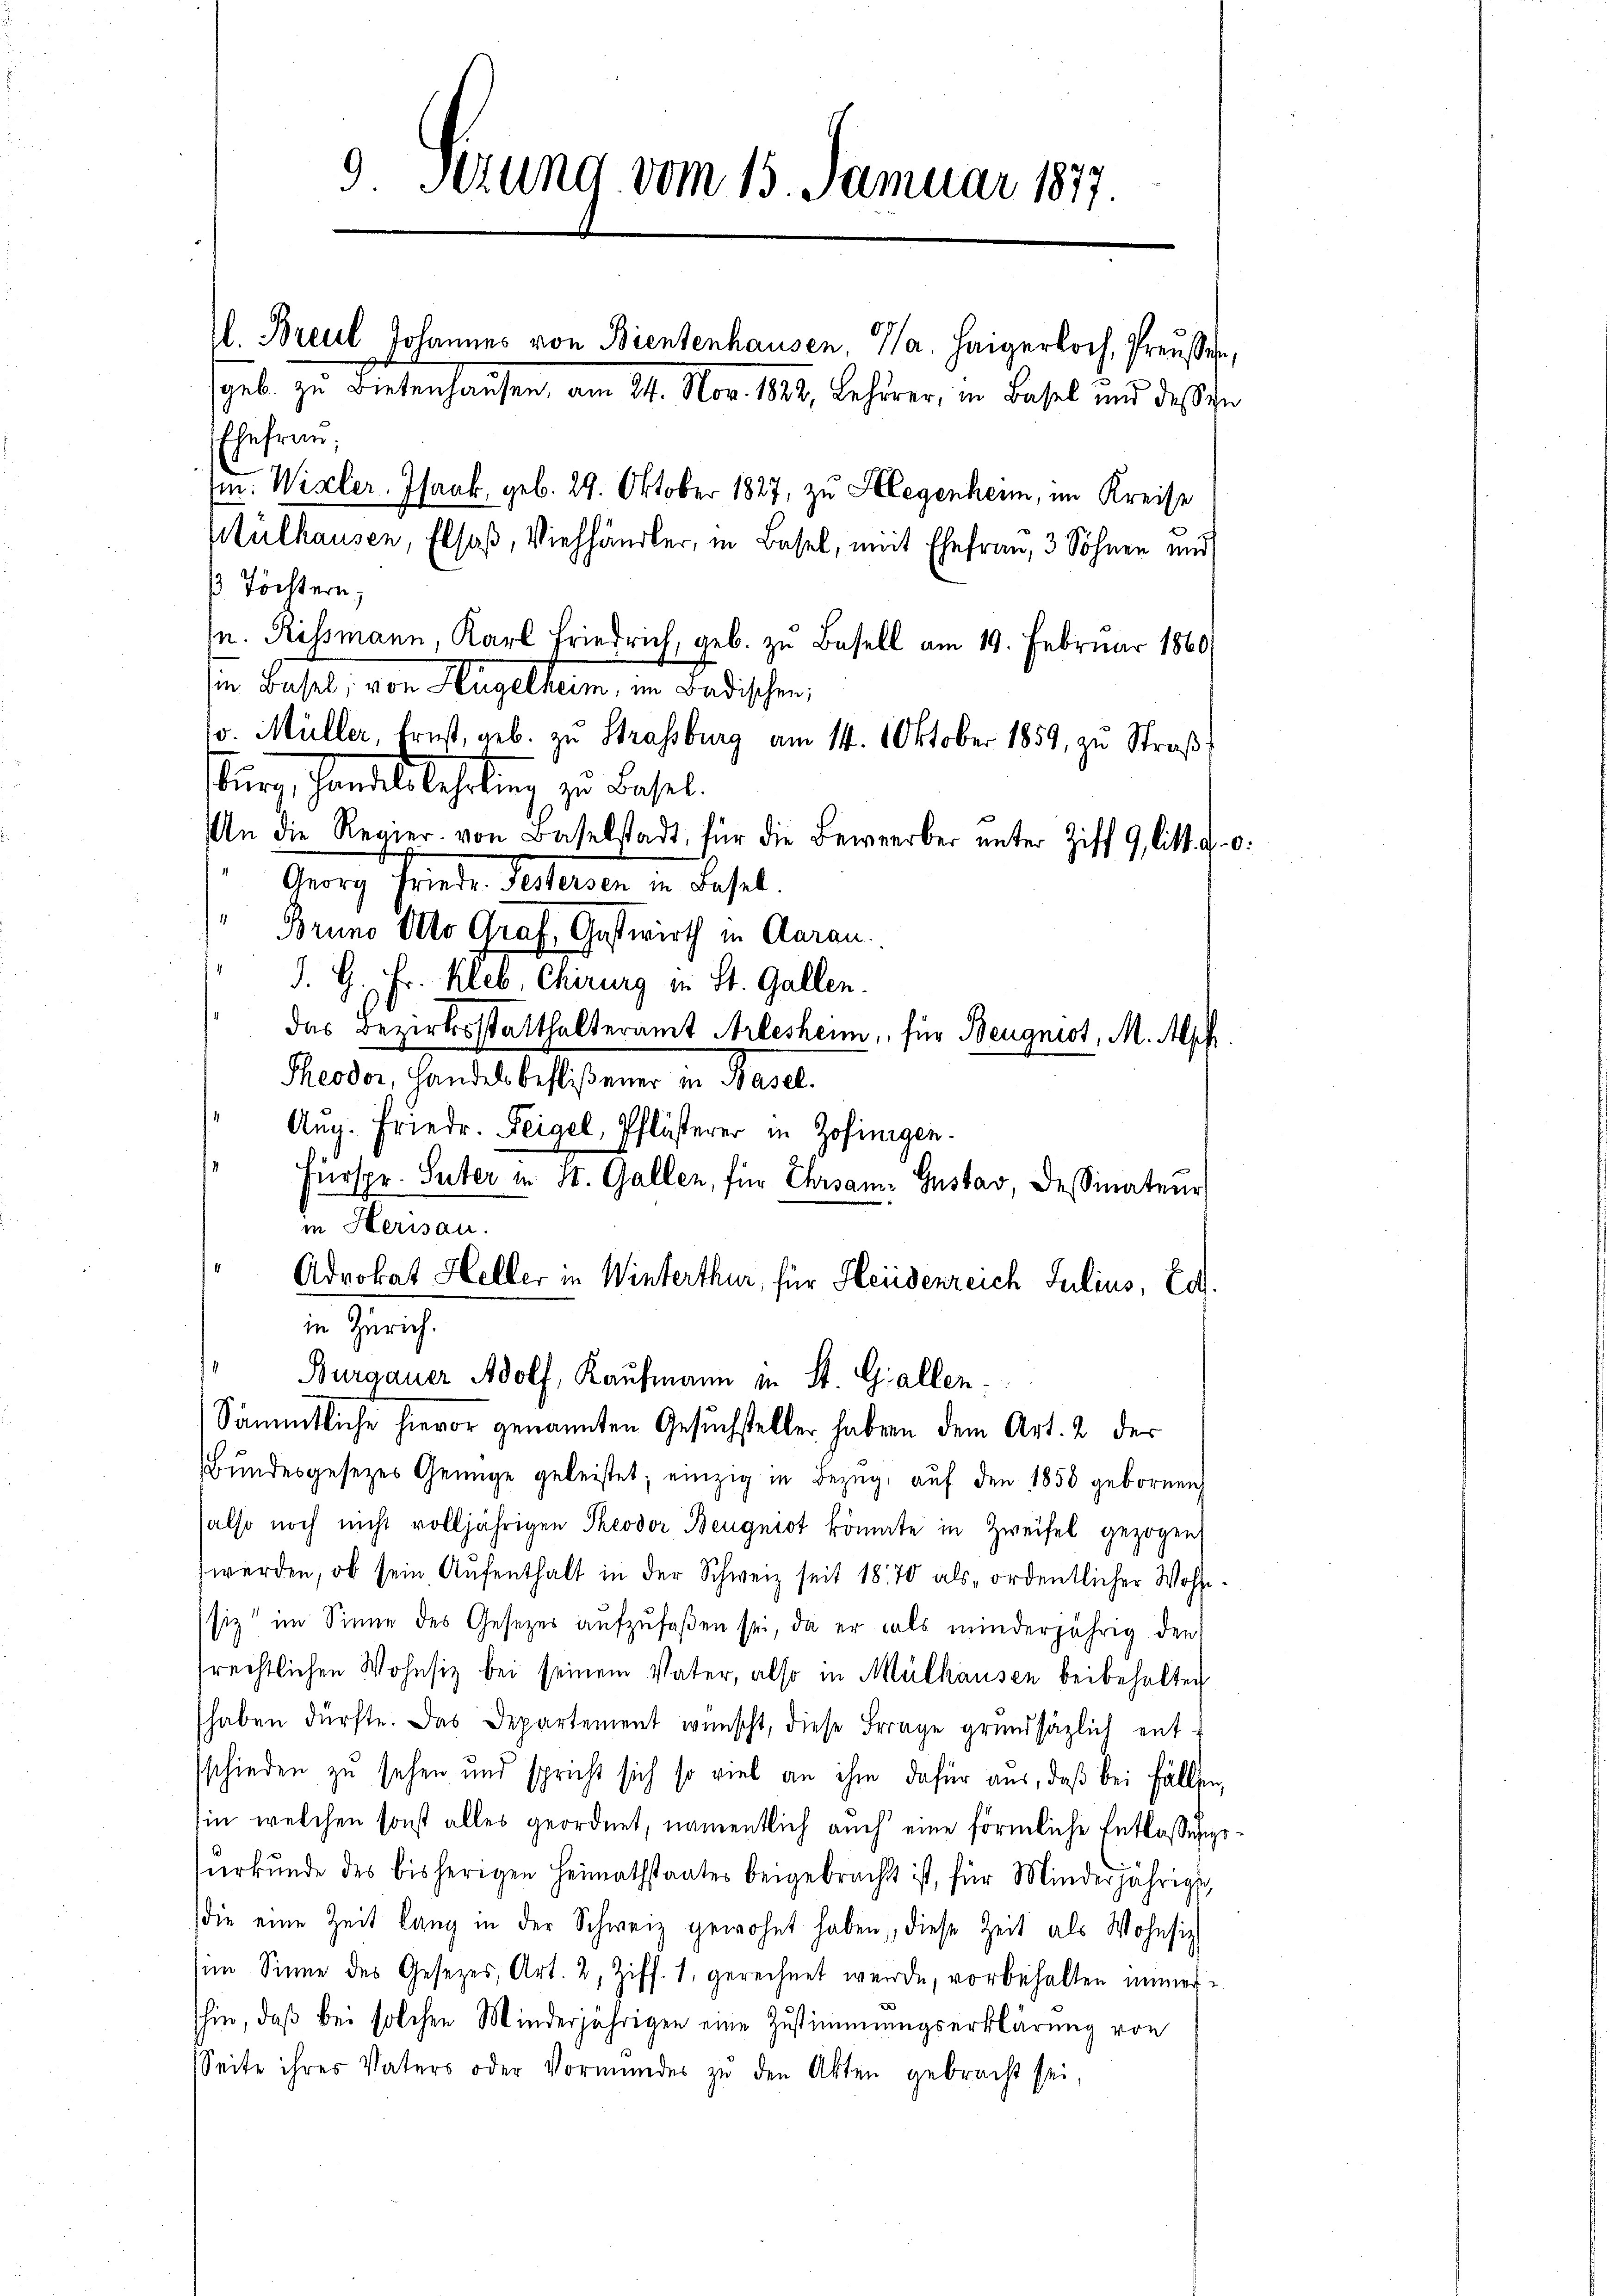
9 Sezung vom 15. Januar 1877.

(in: Wisler. Isaak, geb. 29. Oktober 1827, zu legenheim, im Kreise
Stülhausen, Elsaß, Viehhändler, in Basel, mit Ehefrau, 3 Söhnen und
 Töchtern,
. Rissmann, Karl Friedrich, geb. zu Basell am 19. Februar 1860
in Basel, von Hügelheim, im Badischen
o. Müller, frest, geb. zu Strassburg am 14. Oktober 1859, zu Straß
bŭrg, Handelslehrling zu Basel.
An die Regier von Baselstadt, für die Bewerber ŭnter Ziff. 9, litt. a. 0.
Georg Frieder Verbaren in Basel
Bruno Otto Graf, Gastwirth in Aarau
J. G. Fr. Kleb, Chirurg in St. Gallen.
das Bezirksstatthalteramt Arlesheim, für Beugnist, M. Mpf
Theodor, Handels beflißener in Basel.
Aug. Friedr. Feigel, Pflösterer in Zofingen.
Fürspr. Suter in St. Gallen, für Ehrsame Gustav, Dessinateur
in Herisau.
Advokat Heller in Winterthur, für Heidenreich Julius, Ed.
in Zürich.
Burgauer Adolf, Kaufmann in St. Gallen.
Sämmtliche hievor genannten Gesuchsteller haben dem Art. 2 der
Bŭndesgesetzes Genüge geleistet; einzig in Bezŭg aŭf den 1850 gebornen
also noch nicht volljährigen Theodor Beugnist könnte in Zweifel gezogen,
werden, ob sein Aŭfenthalt in der Schweiz seit 1870 als ordentlicher Wohn-
siz im Sinne des Gesetzer aufzufaßen sei, da er als minderjährig den
rechtlichen Wohnsiz bei seinem Vater, also in Mülhausen beibehalten
haben dürfte. Das Departement wünscht, diese Frage grundsätzlich ent-
sschieden zu sehen und spricht sich so viel an ihm dafür aus, daß bei Fällen,
hin welchen sonst alles geordnet, namentlich auch eine förmliche Entlassungs
surkunde des bisherigen Heimathstaates beigebracht ist, für Minderjährige
die eine Zeit lang in der Schweiz gewohnt haben, diese Zeit als Wohnsiz
sim Sinne des Gesetzes, Art. 2, Ziff. 1. gerechnet werde, vorbehalten immer-
hin, daß bei solchen Minderjährigen eine Zustimmungserklärung von
Seite ihres Vaters oder Vormundes zŭ den Akten gebracht sei,

l. Breul Johannes von Bientenhausen, a. Haigerkoch, Preussen,
geb. zu bietenhausen, am 24. Nov. 1882, Behörer, in Basel und des ihn
Ehefrau;